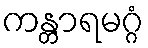
ကန္တာရမဂ္ဂံ